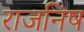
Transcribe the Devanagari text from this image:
राजनिष